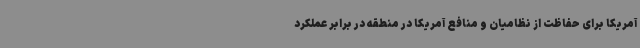
آمریکا برای حفاظت از نظامیان و منافع آمریکا در منطقه در برابر عملکرد